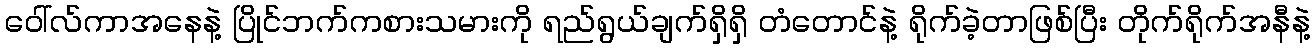
ဝေါ်လ်ကာအနေနဲ့ ပြိုင်ဘက်ကစားသမားကို ရည်ရွယ်ချက်ရှိရှိ တံတောင်နဲ့ ရိုက်ခဲ့တာဖြစ်ပြီး တိုက်ရိုက်အနီနဲ့